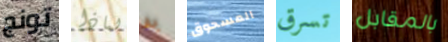
تونج لماذا به المسحوق تسرق بالمقابل